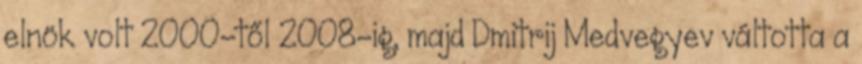
elnök volt 2000-től 2008-ig, majd Dmitrij Medvegyev váltotta a